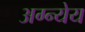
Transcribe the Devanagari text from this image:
अग्न्येय